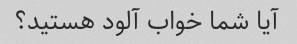
آیا شما خواب آلود هستید؟